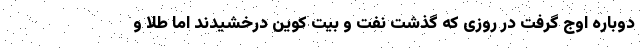
دوباره اوج گرفت در روزی که گذشت نفت و بیت کوین درخشیدند اما طلا و